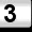
Digit: 3